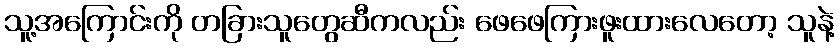
သူ့အကြောင်းကို တခြားသူတွေဆီကလည်း ဖေဖေကြားဖူးထားလေတော့ သူနဲ့